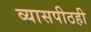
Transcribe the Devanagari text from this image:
व्यासपीठही